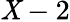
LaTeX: \mathit{X}-2